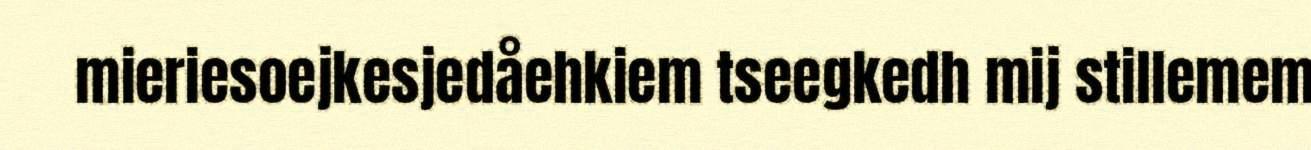
mieriesoejkesjedåehkiem tseegkedh mij stillemem